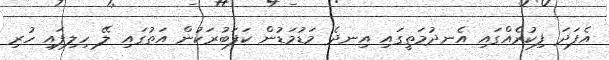
އެފަދަ ފިކުރެއްގައި އެނދުމަތީގައި އިނދެ މަޑުމަޑުން ކަފަބުރަކުން އަތުގައި ލޭ ހިލިފައި ހުރި